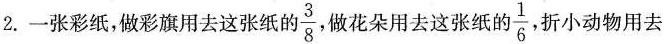
2.一张彩纸，做彩旗用去这张纸的\frac{3}{8}，做花朵用去这张纸的\frac{1}{6}，折小动物用去